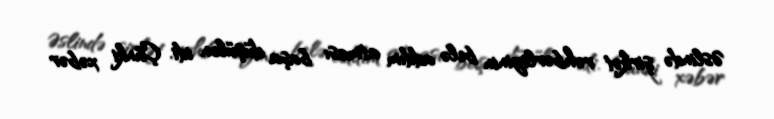
Əslində şirkət rəhbərliyinin belə addım atması başa düşülən idi. Çünki xəbər